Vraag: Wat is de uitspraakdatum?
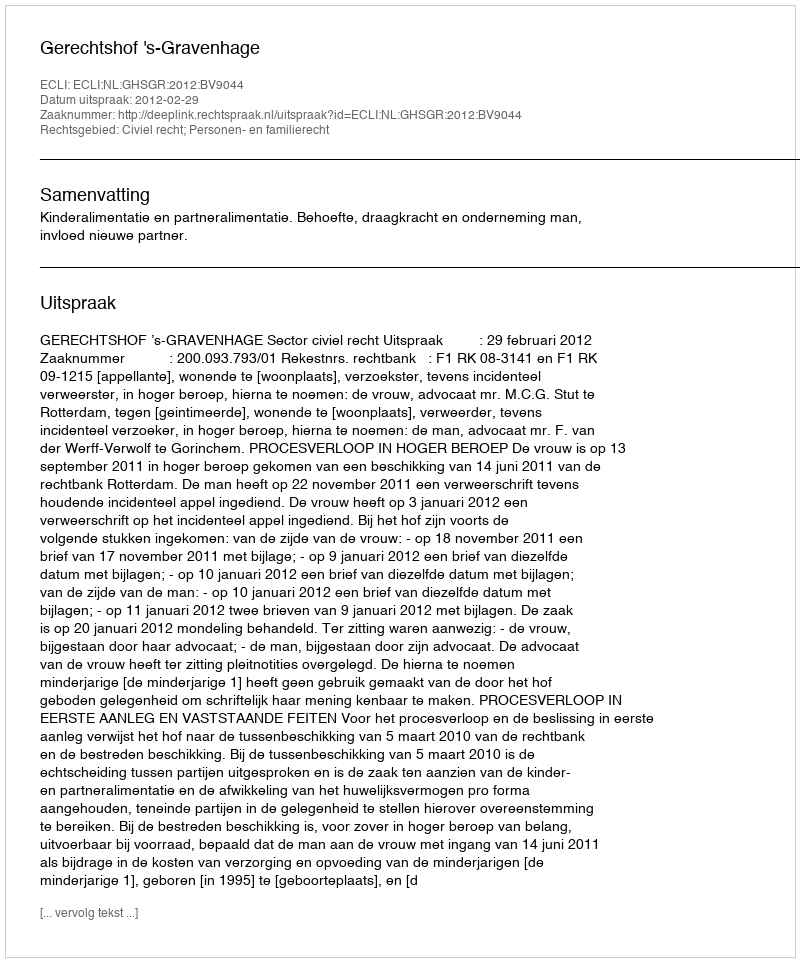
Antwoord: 2012-02-29